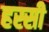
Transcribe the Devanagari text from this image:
हस्सी